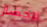
لاحضار